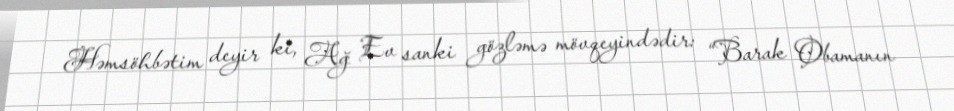
Həmsöhbətim deyir ki, Ağ Ev sanki gözləmə mövqeyindədir: “Barak Obamanın